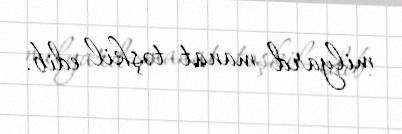
milyard manat təşkil edib.